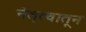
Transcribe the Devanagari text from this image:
नेतृत्वातून